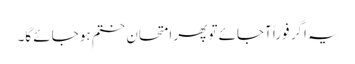
یہ اگر فوراً آجائے تو پھر امتحان ختم ہو جائے گا۔